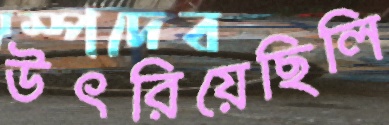
উৎরিয়েছিলি